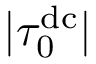
| \tau _ { 0 } ^ { \mathrm { d c } } |